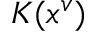
K ( x ^ { v } )